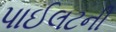
પાઈલટની